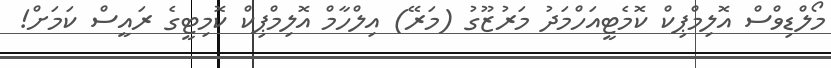
މޯލްޑިވްސް އޮލިމްޕިކް ކޮމެޓީއަހްމަދު މަރުޒޫގު (މަރޭ) އިލްހާމް އޮލިމްޕިކް ކޮމިޓީގެ ރައީސް ކަމަށް!